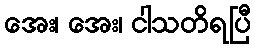
အေး၊ အေး၊ ငါသတိရပြီ